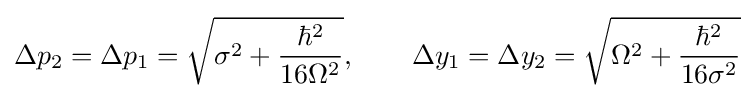
\Delta p_{2}=\Delta p_{1}={\sqrt {\sigma ^{2}+{\frac {\hbar ^{2}}{16\Omega ^{2}}}}},\qquad \Delta y_{1}=\Delta y_{2}={\sqrt {\Omega ^{2}+{\frac {\hbar ^{2}}{16\sigma ^{2}}}}}